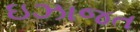
ઇઝાજત